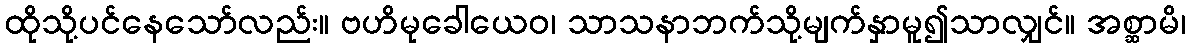
ထိုသို့ပင်နေသော်လည်း။ ဗဟိမုခေါယေဝ၊ သာသနာဘက်သို့မျက်နှာမူ၍သာလျှင်။ အစ္ဆာမိ၊